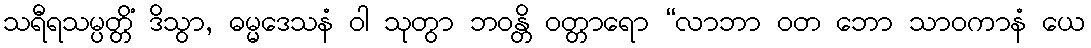
သရီရသမ္ပတ္တိံ ဒိသွာ, ဓမ္မဒေသနံ ဝါ သုတွာ ဘဝန္တိ ဝတ္တာရော “လာဘာ ဝတ ဘော သာဝကာနံ ယေ